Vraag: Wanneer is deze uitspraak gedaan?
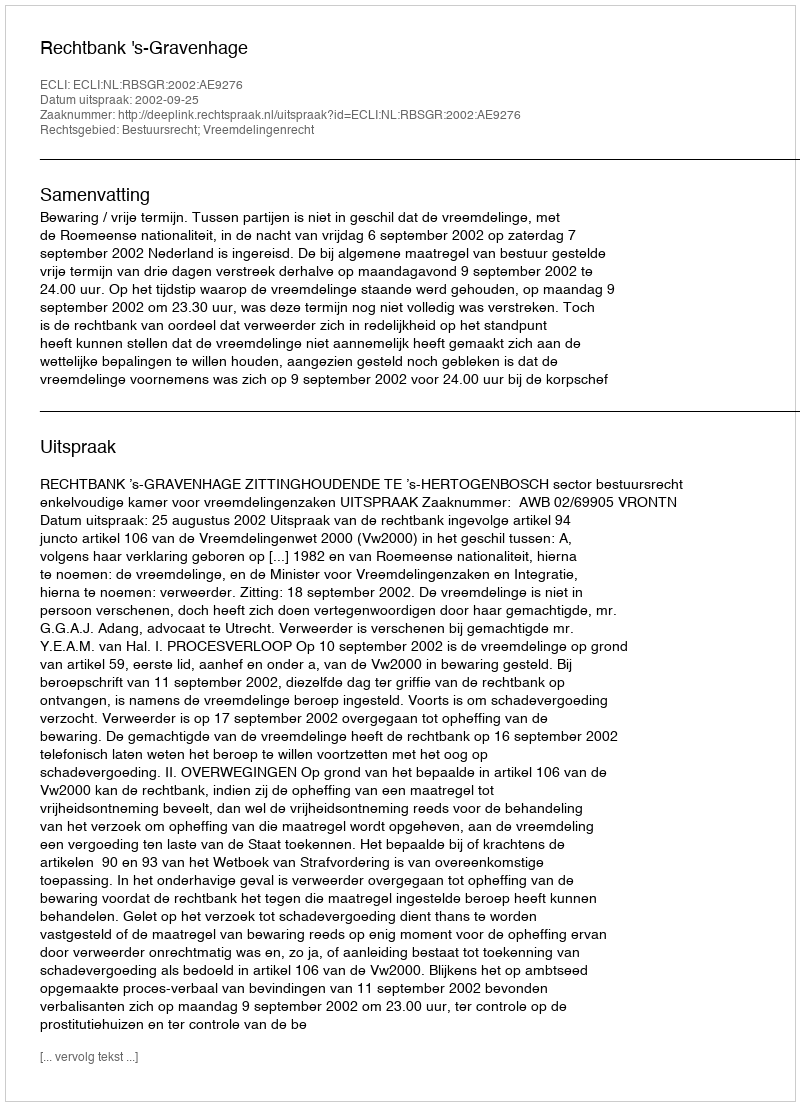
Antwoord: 2002-09-25